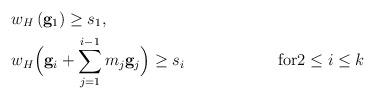
LaTeX: \begin{align*}& w_H \left( \mathbf{g}_1 \right) \geq s_1, \\& w_H \Bigl( \mathbf{g}_i + \sum_{j=1}^{i-1} m_j \mathbf{g}_j \Bigr) \geq s_i & \mbox{for} &2\leq i\leq k\end{align*}